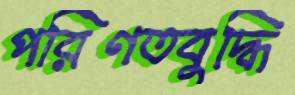
পরিণতবুদ্ধি